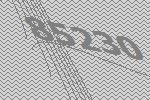
85230